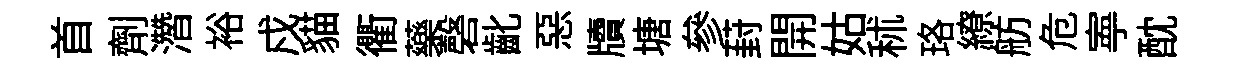
首劑濳裕戍貓衢藥磬齔惡牘塘參葑開姑秫珞繚舫危寕酖